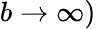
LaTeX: b\to\infty)